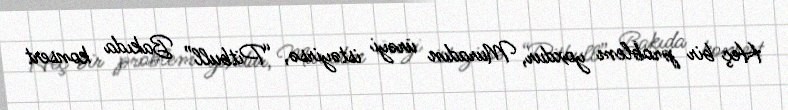
Heç bir problem yoxdur, Muradın ürəyi istəyirsə, “Pitbull” Bakıda konsert